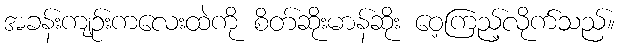
အခန်းကျဉ်းကလေးထဲကို စိတ်ဆိုးမာန်ဆိုး ဝေ့ကြည့်လိုက်သည်။